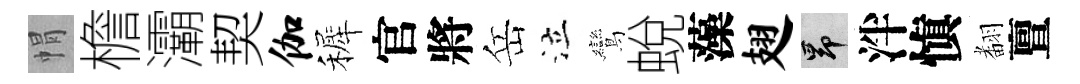
㡌檐灞契伽裤官將岳泣鸞蛻藻翅昂泮愼𮋒亶